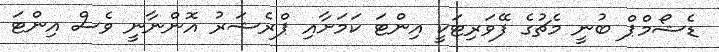
ޑެޝޯމްޕް ބުނީ މެޗުގެ ފޭވަރިޓަކީ އިންޓަ ކަމަށާއި ޕްރެޝަރު އޮންނާނީ ވެސް އިންޓަ